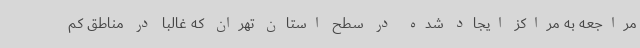
مراجعه به مراکز ایجاد شده در سطح استان تهران که غالبا در مناطق کم